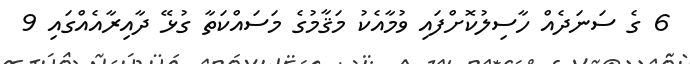
6 ގެ ސަނަދެއް ހާސިލުކޮށްފައި ވުމާއެކު މަޤާމުގެ މަސައްކަތާ ގުޅޭ ދާއިރާއެއްގައި 9